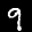
Label: 9